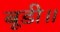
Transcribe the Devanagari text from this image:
बूडी॥